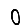
Digit: 0